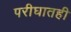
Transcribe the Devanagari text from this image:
परीघातही